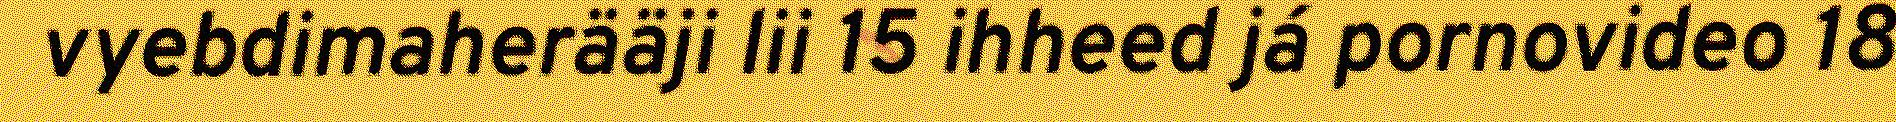
vyebdimaherääji lii 15 ihheed já pornovideo 18